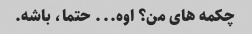
چکمه های من؟ اوه... حتما، باشه.